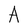
Character: A